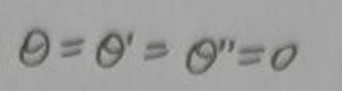
$\theta=\theta'=\theta'' = 0$